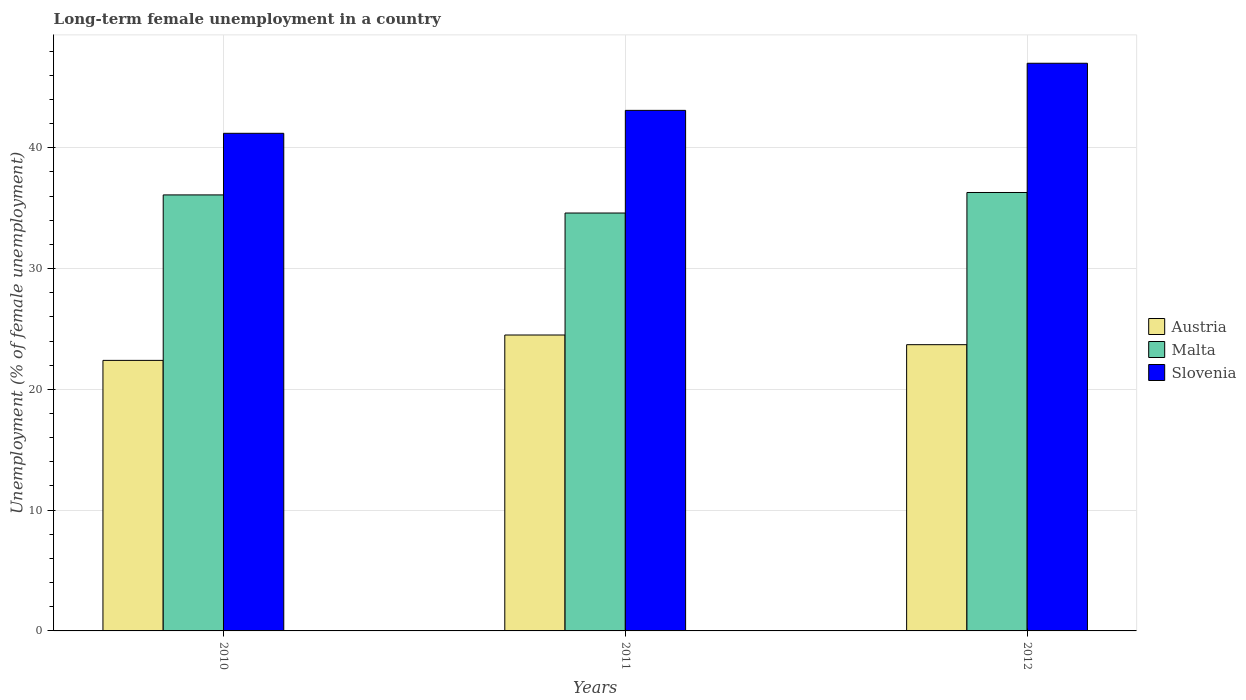
| Years | Austria | Malta | Slovenia |
 | --- | --- | --- | --- |
 | 2010 | 22.4 | 36.1 | 41.2 |
 | 2011 | 24.5 | 34.6 | 43.1 |
 | 2012 | 23.7 | 36.3 | 47 |